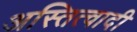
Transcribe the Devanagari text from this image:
अस्तित्वादी